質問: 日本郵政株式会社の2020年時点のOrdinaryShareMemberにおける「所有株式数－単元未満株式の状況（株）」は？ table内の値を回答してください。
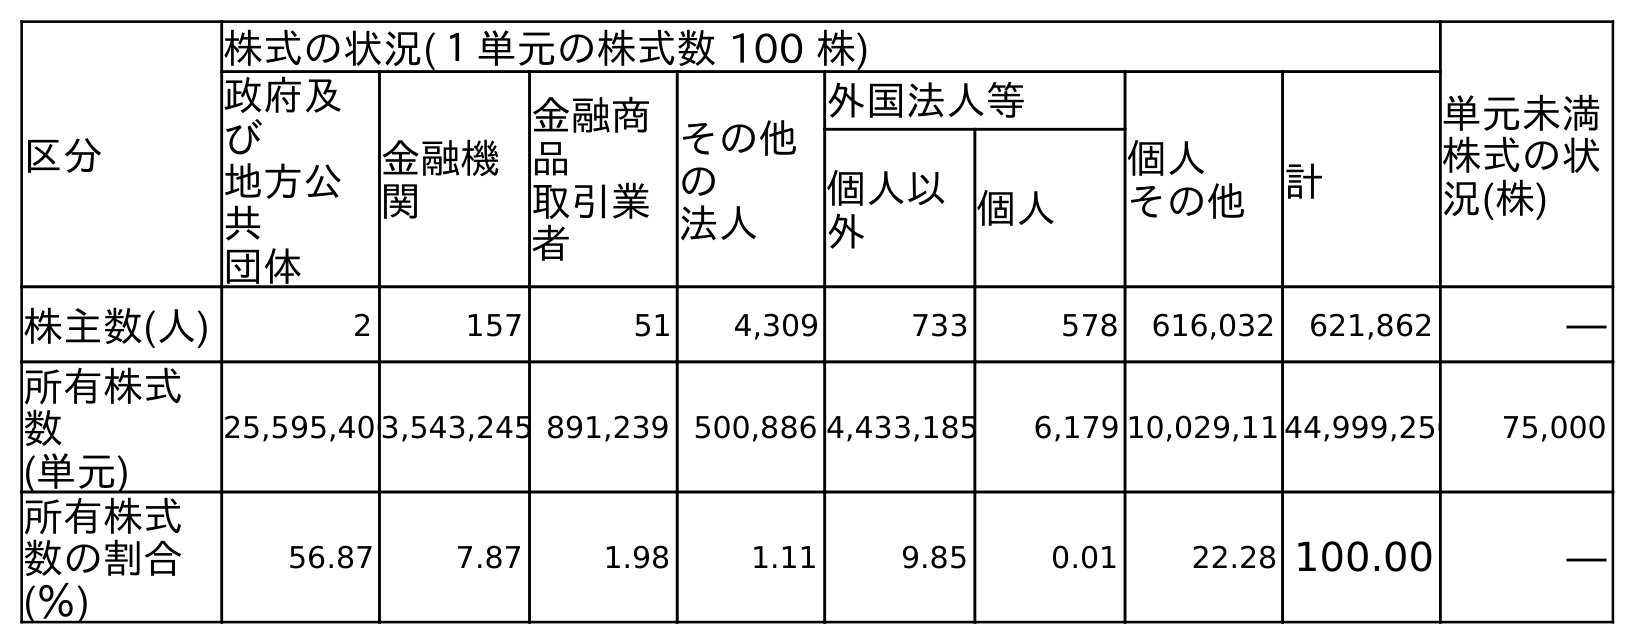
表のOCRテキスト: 区分 株式の状況(１単元の株式数 100 株) 単元未満 株式の状 況(株) 政府及 び 地方公 共 団体 金融機 関 金融商 品 取引業 者 その他 の 法人 外国法人等 個人 その他 計 個人以 外 個人 株主数(人) 2 157 51 4,309 733 578 616,032 621,862 ― 所有株式 数 (単元) 25,595,4063,543,245 891,239 500,886 4,433,185 6,179 10,029,11044,999,250 75,000 所有株式 数の割合 (％) 56.87 7.87 1.98 1.11 9.85 0.01 22.28 100.00 ―
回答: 75,000